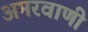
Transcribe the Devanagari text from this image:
अमरवाणी